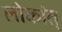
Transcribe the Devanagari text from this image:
लोकांत्‌